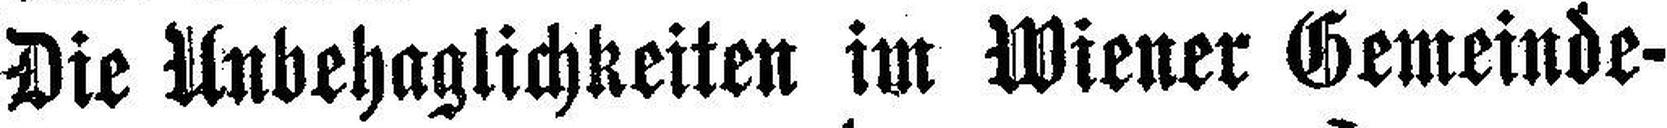
Die Unbehaglichkeiten im Wiener Gemeinde¬